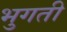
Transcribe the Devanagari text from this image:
भुगती